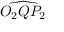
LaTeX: \widehat { O _ { 2 } Q P _ { 2 } }